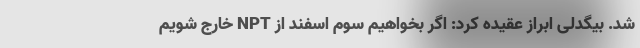
شد. بیگدلی ابراز عقیده کرد: اگر بخواهیم سوم اسفند از NPT خارج شویم